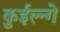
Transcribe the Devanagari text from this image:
कुईल्न्गे